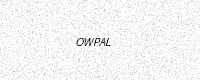
Text: OWPAL